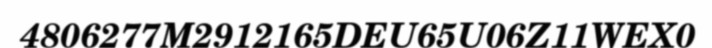
4806277M2912165DEU65U06Z11WEX0